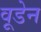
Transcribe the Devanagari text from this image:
वूडेन